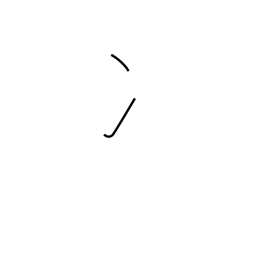
Meaning: two-stroke water radical or ice radical (no. 15)